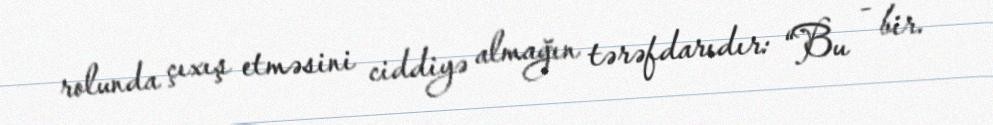
rolunda çıxış etməsini ciddiyə almağın tərəfdarıdır: “Bu - bir.